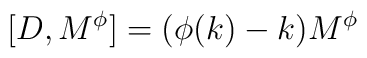
\lbrack D,M^{\phi }]=(\phi (k)-k)M^{\phi }